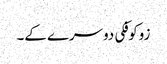
زوکوفکی دوسرے کے۔